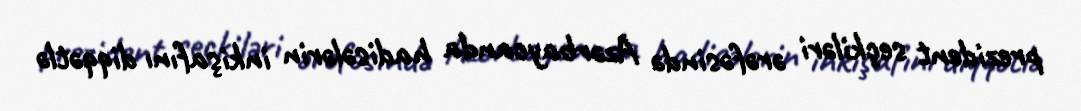
prezident seçkiləri ərəfəsində Azərbaycanda hadisələrin inkişafını diqqətlə